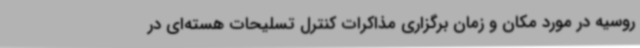
روسیه در مورد مکان و زمان برگزاری مذاکرات کنترل تسلیحات هسته‌ای در